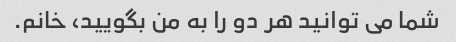
شما می توانید هر دو را به من بگویید، خانم.